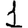
Digit: 1